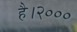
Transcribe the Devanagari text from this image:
है।२०००